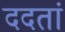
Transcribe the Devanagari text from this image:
ददतां